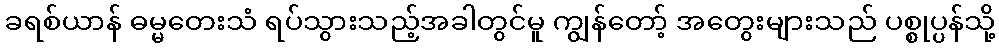
ခရစ်ယာန် ဓမ္မတေးသံ ရပ်သွားသည့်အခါတွင်မူ ကျွန်တော့် အတွေးများသည် ပစ္စုပ္ပန်သို့